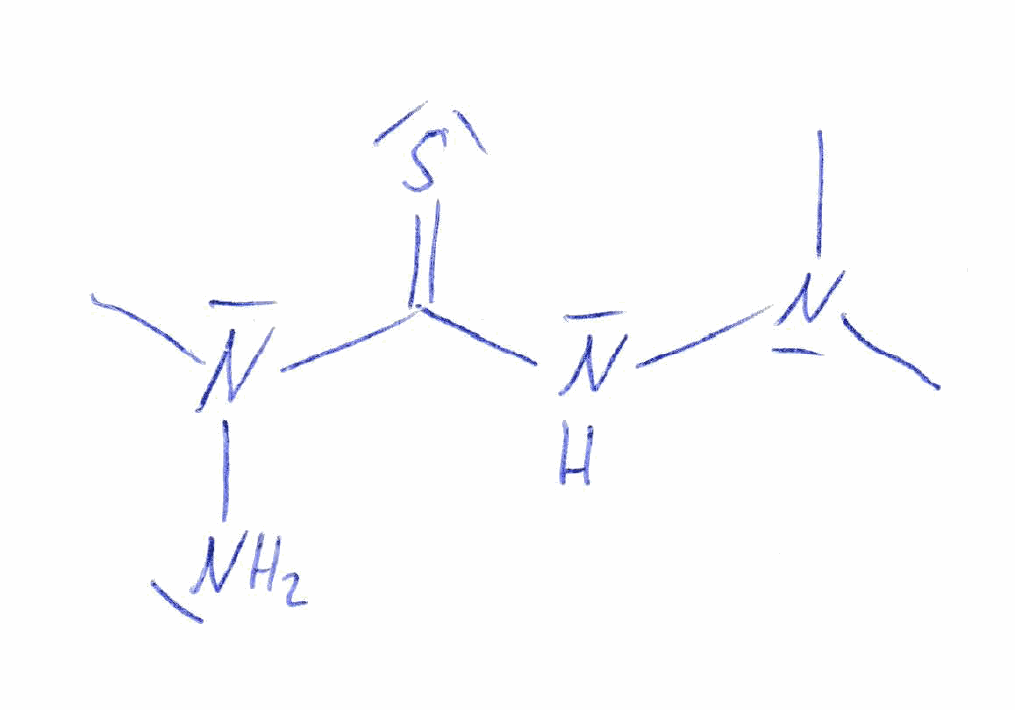
Simplified molecular-input line-entry system (SMILES) notation of the given molecule:
CN(C)NC(=S)N(C)N